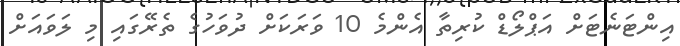
އިންޓަނެޓަށް އަޕްލޯޑް ކުރިތާ އެންމެ 10 ވަރަކަށް ދުވަހުގެ ތެރޭގައި މި ލަވައަށް